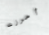
أحرزت